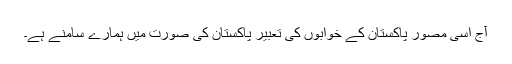
آج اسی مصور پاکستان کے خوابوں کی تعبیر پاکستان کی صورت میں ہمارے سامنے ہے۔